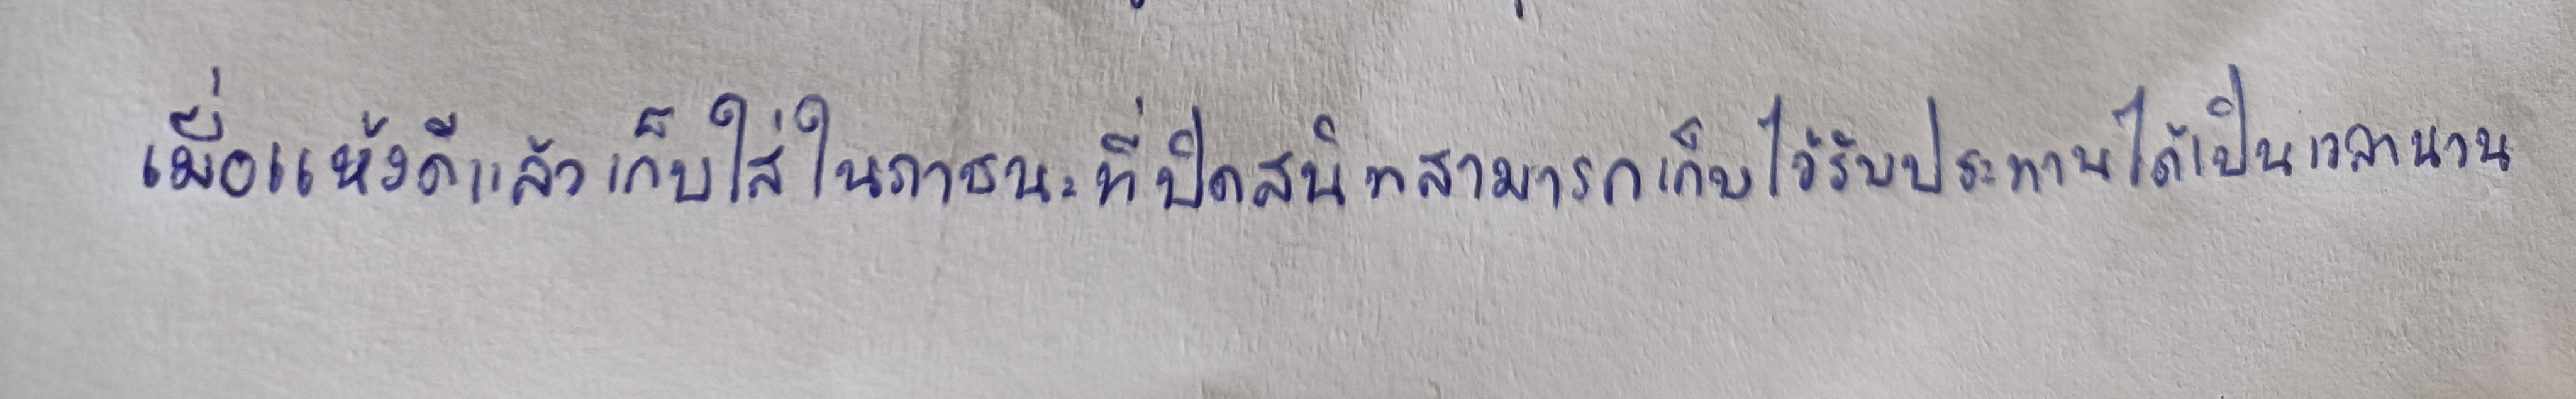
เมื่อแห้งดีแล้วเก็บใส่ในภาชนะที่ปิดสนิทสามารถเก็บไว้รับประทานได้เป็นเวลานาน